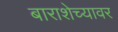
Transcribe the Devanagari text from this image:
बाराशेच्यावर